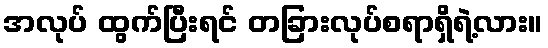
အလုပ် ထွက်ပြီးရင် တခြားလုပ်စရာရှိရဲ့လား။